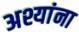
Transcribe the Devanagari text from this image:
अश्यांना